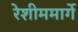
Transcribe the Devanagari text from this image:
रेशीममार्गे